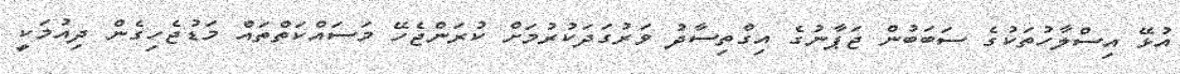
އުޅޭ އިސްލާހުތަކުގެ ސަބަބުން ޖަޕާނުގެ އިގްތިސާދު ވަރުގަދަކުރުމަށް ކުރަންޖެހޭ މަސައްކަތްތައް މަޑުޖެހިގެން ދިއުމަކީ